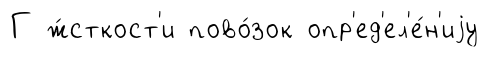
Г ж́сткост'и пово́зок опр'ед'ел'е́н'иjу